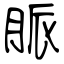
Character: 脈